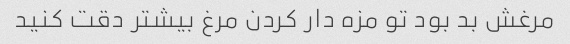
مرغش بد بود تو مزه دار کردن مرغ بیشتر دقت کنید